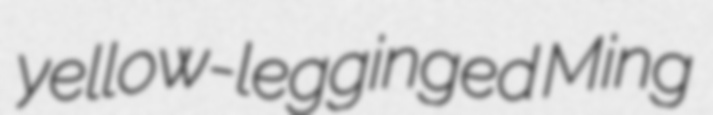
yellow-legginged Ming